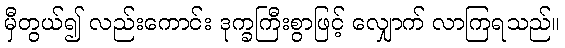
မှီတွယ်၍ လည်းကောင်း ဒုက္ခကြီးစွာဖြင့် လျှောက် လာကြရသည်။